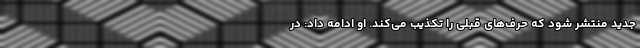
جدید منتشر شود که حرف‌های قبلی را تکذیب می‌کند. او ادامه‌ داد: در